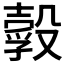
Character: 𣫃